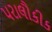
પરાલૌકીક